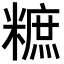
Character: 𥼌